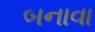
બનાવા